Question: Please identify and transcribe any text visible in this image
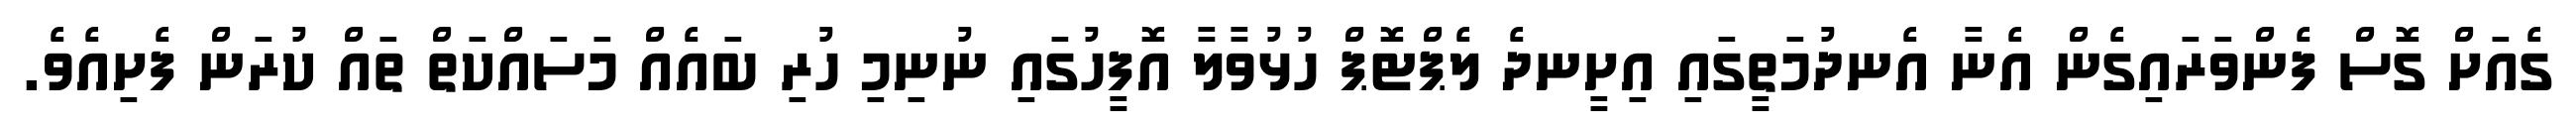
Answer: ގެއަށް ގޮސް ފެންވަރައިގެން އެނާ އެނދުމަތީގައި އިށީނދެ ލެޕްޓޮޕް ހުޅުވާލާ އޮފީހުގައި ނުނިމި ހުރި ބައެއް މަސައްކަތް ތައް ކުރަން ފެށިއެވެ.